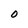
Character: O